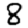
Digit: 8